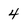
Character: 4